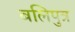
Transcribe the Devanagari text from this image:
बलिपुत्र